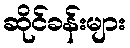
ဆိုင်ခန်းများ